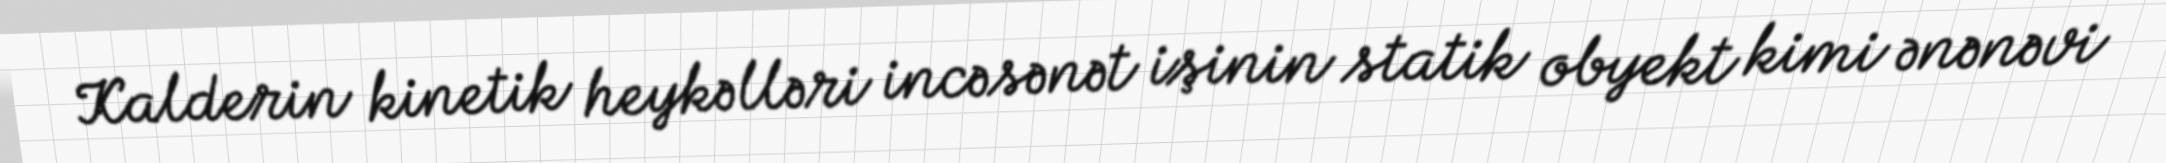
Kalderin kinetik heykəlləri incəsənət işinin statik obyekt kimi ənənəvi